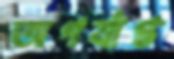
অপর্যাপ্ত